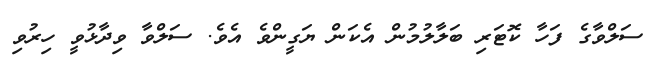
ސަލްވާގެ ފަހާ ކޮޓަރި ބަލާލުމުން އެކަން ޔަގީންވެ އެވެ. ސަލްވާ ވިދާޅުވީ ހިރުވި